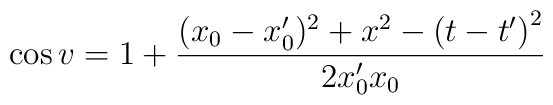
\cos v=1+\frac{(x_{0}-x_{0}^{\prime })^{2}+x^{2}-\left( t-t^{\prime }\right)^{2}}{2x_{0}^{\prime }x_{0}}